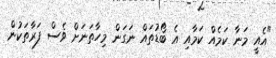
"އެއީ މަނާ ކަމެއް ކަމާއި އެ ބޯޑުތައް ނަގަން މިހާތަނަށް ވެސް ފަރާތަކުން